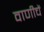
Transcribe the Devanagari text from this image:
वाणीचें